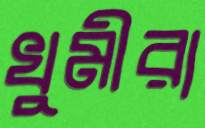
খুমীরা